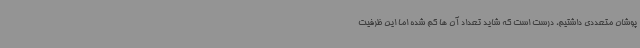
پوشان متعددی داشتیم، درست است که شاید تعداد آن ها کم شده اما این ظرفیت